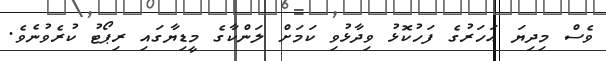
ވެސް މިދިޔަ އަހަރުގެ ފަހުކޮޅު ވިދާޅުވި ކަމަށް ލަންކާގެ މީޑިޔާގައި ރިޕޯޓު ކުރެވުނެވެ.